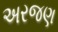
અરજણ